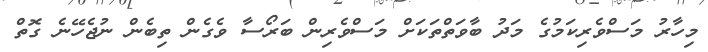
މިހާރު މަސްވެރިކަމުގެ މަދު ބާވަތްތަކަށް މަސްވެރިން ބަރޯސާ ވެގެން ތިބެން ނުޖެހޭނެ ގޮތް